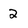
Character: 2